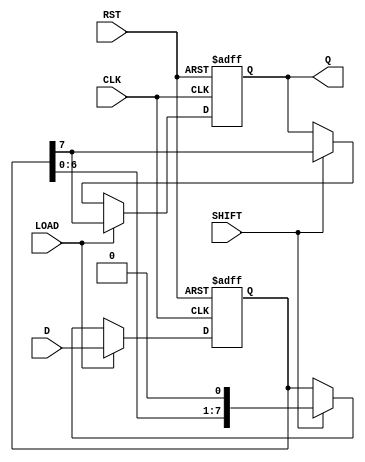
module PISO_Register #(parameter N = 8) (
    input  wire [N-1:0] D,    // Parallel data input
    input  wire LOAD,          // Load control signal
    input  wire SHIFT,         // Shift control signal
    input  wire CLK,           // Clock signal
    input  wire RST,           // Asynchronous reset signal
    output reg  Q              // Serial output
);

    reg [N-1:0] shift_reg; // Internal shift register

    // Asynchronous reset and load/shift functionality
    always @(posedge CLK or posedge RST) begin
        if (RST) begin
            // Reset the shift register and output
            shift_reg <= 0;
            Q <= 1'b0; // Set output to defined state (0)
        end
        else begin
            if (LOAD) begin
                // Load parallel data into shift register
                shift_reg <= D;
                Q <= shift_reg[N-1]; // Output the MSB on load
            end
            else if (SHIFT) begin
                // Shift the data out serially
                Q <= shift_reg[N-1]; // Output the MSB
                shift_reg <= {shift_reg[N-2:0], 1'b0}; // Shift left
            end
        end
    end

endmodule